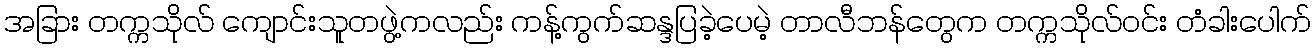
အခြား တက္ကသိုလ် ကျောင်းသူတဖွဲ့ကလည်း ကန့်ကွက်ဆန္ဒပြခဲ့ပေမဲ့ တာလီဘန်တွေက တက္ကသိုလ်ဝင်း တံခါးပေါက်